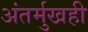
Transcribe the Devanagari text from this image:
अंतर्मुखही